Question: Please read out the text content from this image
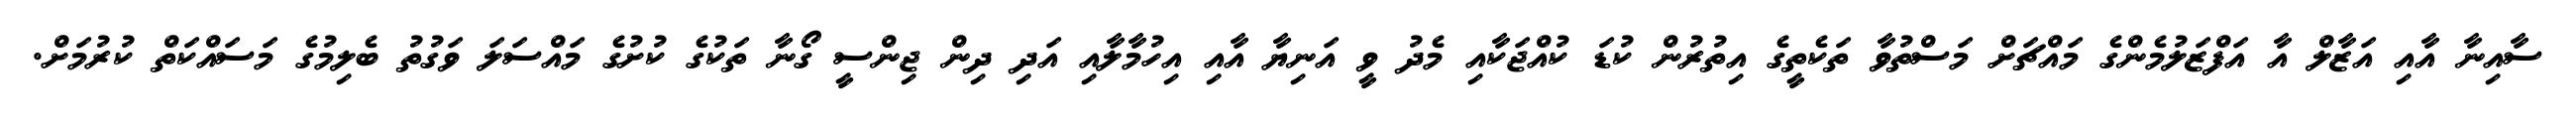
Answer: ސާއިނާ އާއި އަޒާލް އާ އަފްޒަލުމެންގެ މައްޗަށް މަސްތުވާ ތަކެތީގެ އިތުރުން ކުޑަ ކުއްޖަކާއި މެދު ވީ އަނިޔާ އާއި އިހުމާލާއި އަދި ދިން ޖިންސީ ގޯނާ ތަކުގެ ކުށުގެ މައްސަލަ ވަގުތު ބެލިމުގެ މަސައްކަތް ކުރުމަށް.